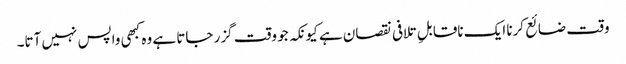
وقت ضائع کرنا ایک ناقابلِ تلافی نقصان ہے کیونکہ جو وقت گزر جاتا ہے وہ کبھی واپس نہیں آتا۔